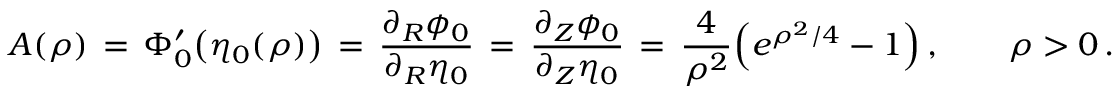
A ( \rho ) \, = \, \Phi _ { 0 } ^ { \prime } \bigl ( \eta _ { 0 } ( \rho ) \bigr ) \, = \, \frac { \partial _ { R } \phi _ { 0 } } { \partial _ { R } \eta _ { 0 } } \, = \, \frac { \partial _ { Z } \phi _ { 0 } } { \partial _ { Z } \eta _ { 0 } } \, = \, \frac { 4 } { \rho ^ { 2 } } \Bigl ( e ^ { \rho ^ { 2 } / 4 } - 1 \Bigr ) \, , \qquad \rho > 0 \, .